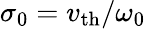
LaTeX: \sigma_{0}=v_{\mathrm{th}}/\omega_{0}